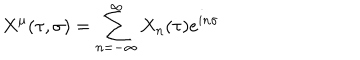
X ^ { \mu } ( \tau , \sigma ) = \sum _ { n = - \infty } ^ { \infty } X _ { n } ( \tau ) e ^ { i n \sigma }